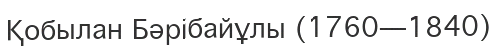
Қобылан Бәрібайұлы (1760—1840)